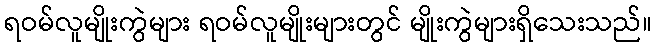
ရဝမ်လူမျိုးကွဲများ ရဝမ်လူမျိုးများတွင် မျိုးကွဲများရှိသေးသည်။